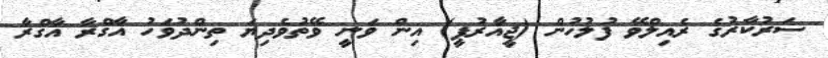
ސަރުކާރުގެ ރެއިލްވޭ ފުލުހުން (ޖީއާރުޕީ) އިން ވަނީ ވޭތުވެދިޔަ ތިންދުވަހު އާގްރާ އާގްރާ